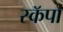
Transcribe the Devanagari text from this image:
स्कॅपा